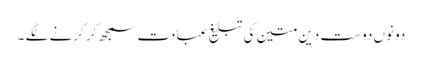
دونوں دوست دین متین کی تبلیغ عبادت سمجھ کر کرنے لگے ۔